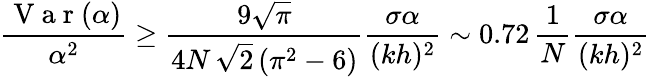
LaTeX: \frac{\mathrm{~V~a~r~}(\alpha)}{\alpha^{2}}\geq\frac{9\sqrt{\pi}}{4N\, \sqrt{2}\left(\pi^{2}-6\right)}\frac{\sigma\alpha}{(kh)^{2}}\sim 0.72\, \frac{1}{N}\frac{\sigma\alpha}{(kh)^{2}}